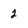
Character: 2